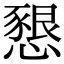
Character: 𢡆